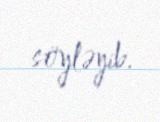
söyləyib.